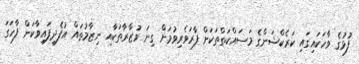
ފުޅުގެ ވާހަކައިގައި ކަރެކްޝަންގެ މަސައްކަތްތަކަށް ފާރަވެރިވުމަށް ގިނަ ވުޒާރާތަކާއި ނިޒާމުތައް އުފެދިފައިވާކަން ފާހަގަ